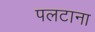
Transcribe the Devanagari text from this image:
पलटाना